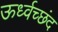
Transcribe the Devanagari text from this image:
ऊर्ध्वच्छंद